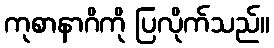
ကုစာနာဂိကို ပြလိုက်သည်။